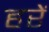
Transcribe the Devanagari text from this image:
हरें